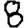
Digit: 8